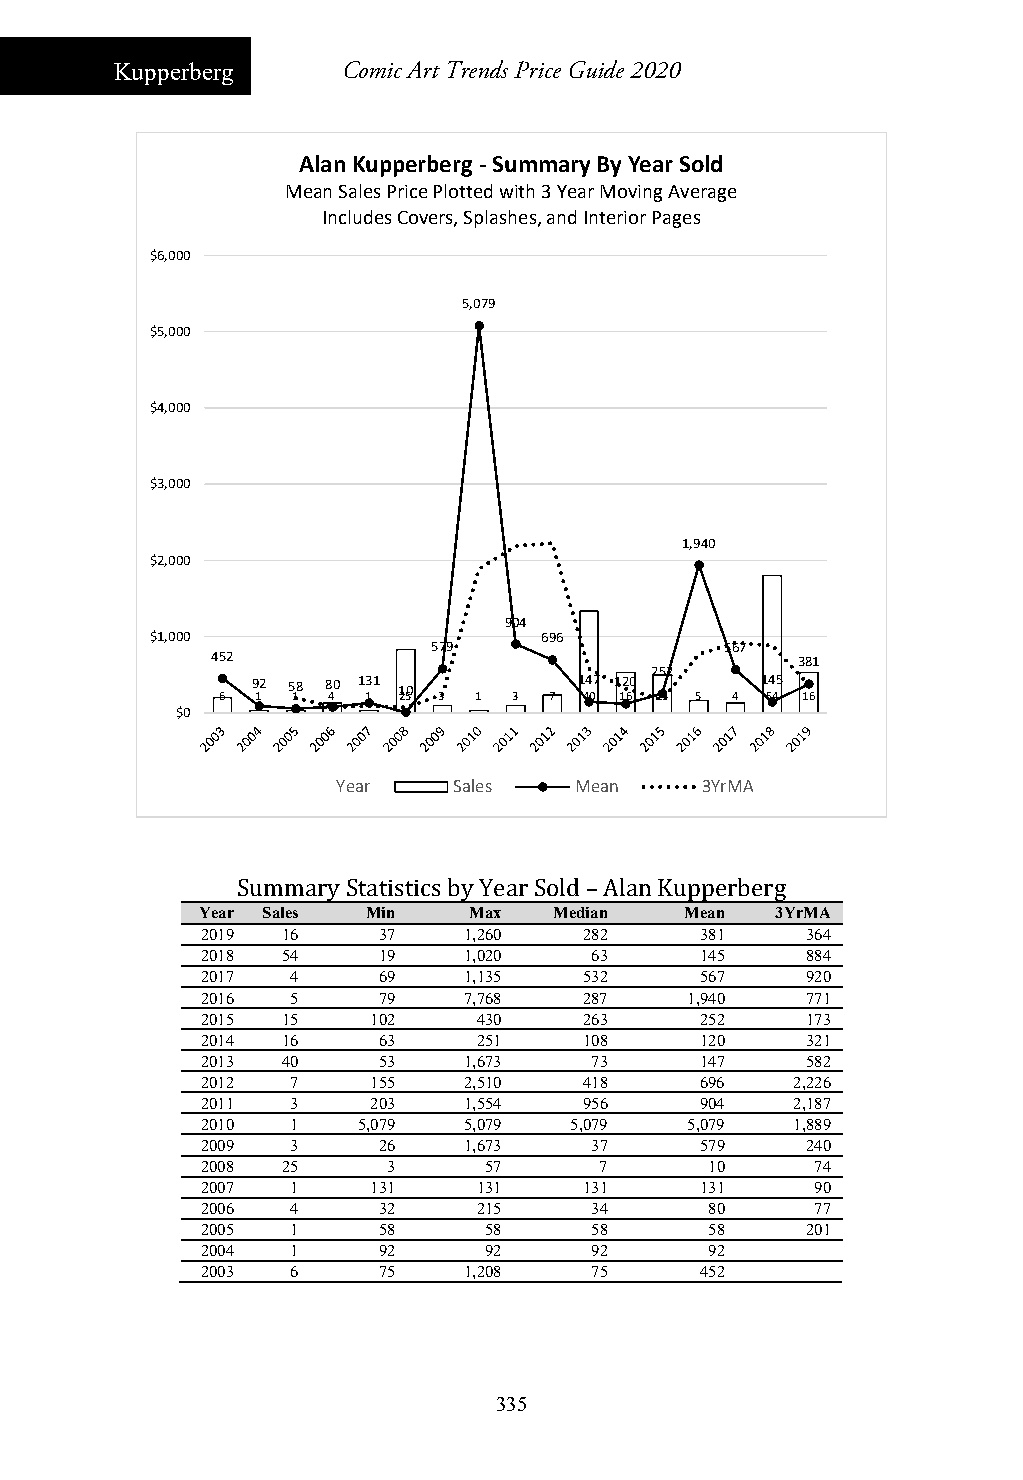
Kupperberg     Comic Art Trends Price Guide 2020
 Alan Kupperberg ‐Summary By Year Sold
 Mean Sales Price Plotted with 3 Year Moving Average
 Includes Covers, Splashes, and Interior Pages
 $6,000
 5,079
 $5,000
 $4,000
 $3,000
 1,940
 $2,000
 904
 $1,000                    696
 579                567
 452                                    381
 252
 92 58 80 131 10      147 120     145
 6 1 1  4 1 25 3 1  3 7  40 16 15 5 4 54 16
 $0
 Year    Sales   Mean    3YrMA
 Summary Statistics by Year Sold – Alan Kupperberg
 Year Sales Min    Max   Median  Mean  3YrMA
 2019  16    37    1,260   282    381    364
 2018  54    19    1,020   63     145    884
 2017  4     69    1,135   532    567    920
 2016  5     79    7,768   287   1,940   771
 2015  15    102    430    263    252    173
 2014  16    63     251    108    120    321
 2013  40    53    1,673   73     147    582
 2012  7     155   2,510   418    696    2,226
 2011  3     203   1,554   956    904    2,187
 2010  1    5,079  5,079  5,079  5,079   1,889
 2009  3     26    1,673   37     579    240
 2008  25     3     57      7      10     74
 2007  1     131    131    131    131     90
 2006  4     32     215    34      80     77
 2005  1     58     58     58      58    201
 2004  1     92     92     92      92
 2003  6     75    1,208   75     452
 335